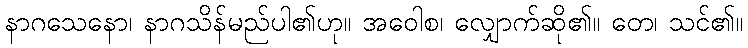
နာဂသေနော၊ နာဂသိန်မည်ပါ၏ဟု။ အဝေါစ၊ လျှောက်ဆို၏။ တေ၊ သင်၏။